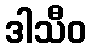
ဒါသီဝ